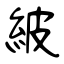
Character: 紴